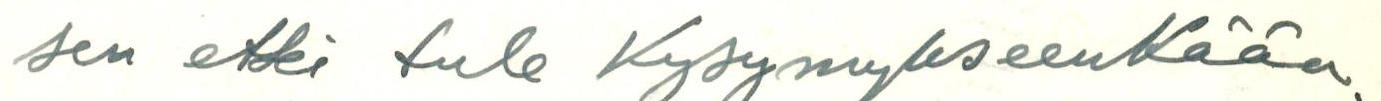
sen ettei tule KysymykseenKään.